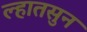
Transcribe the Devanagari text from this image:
ल्हातसुन